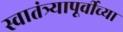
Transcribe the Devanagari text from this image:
स्वातंत्र्यापूर्वीच्या